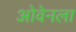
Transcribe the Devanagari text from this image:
ओवेनला